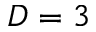
D = 3